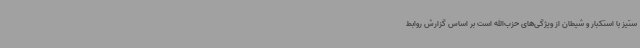
ستیز با استکبار و شیطان از ویژگی‌های حزب‌الله است بر اساس گزارش روابط